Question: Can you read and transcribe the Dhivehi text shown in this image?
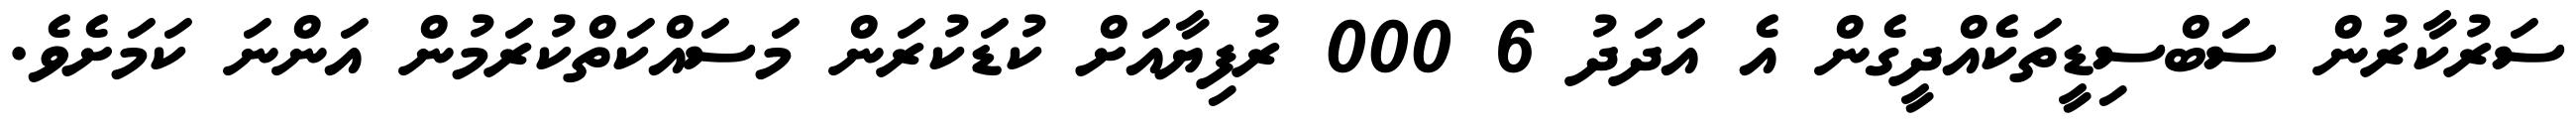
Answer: ސަރުކާރުން ސަބްސިޑީތަކެއްދީގެން އެ އަދަދު 6 000 ރުފިޔާއަށް ކުޑަކުރަން މަސައްކަތްކުރަމުން އަންނަ ކަމަށެވެ.